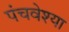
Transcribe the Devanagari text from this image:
पंचवेश्या